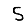
Digit: 5